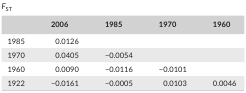
<table><thead><tr><td></td><td><b>2006</b></td><td><b>1985</b></td><td><b>1970</b></td><td><b>1960</b></td></tr></thead><tbody><tr><td>1985</td><td>0.0126</td><td></td><td></td><td></td></tr><tr><td>1970</td><td>0.0405</td><td>−0.0054</td><td></td><td></td></tr><tr><td>1960</td><td>0.0090</td><td>−0.0116</td><td>−0.0101</td><td></td></tr><tr><td>1922</td><td>−0.0161</td><td>−0.0005</td><td>0.0103</td><td>0.0046</td></tr></tbody></table>